On a parasite found in persons suffering from enlargement of the spleen in India, second report - Number 11
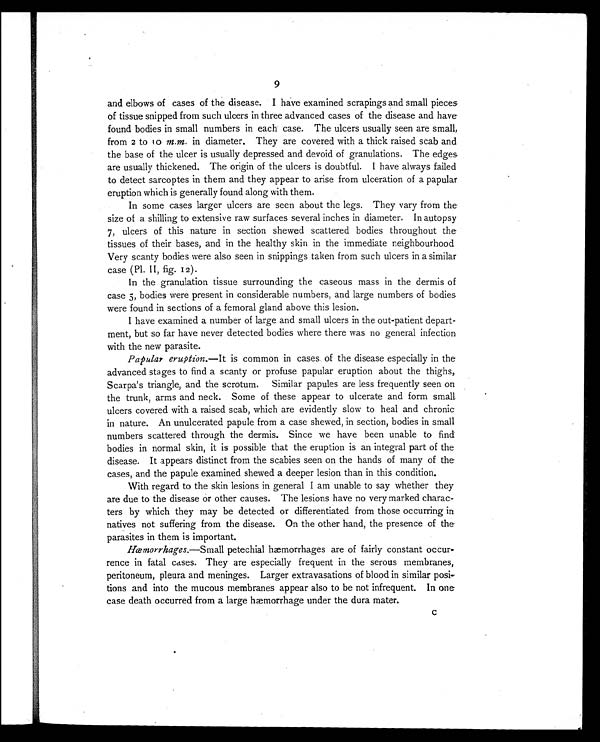
9
and elbows of cases of the disease. I have examined scrapings and small pieces
of tissue snipped from such ulcers in three advanced cases of the disease and have
found bodies in small numbers in each case. The ulcers usually seen are small,
from 2 to 10 m.m. in diameter. They are covered with a thick raised scab and
the base of the ulcer is usually depressed and devoid of granulations. The edges
are usually thickened. The origin of the ulcers is doubtful. I have always failed
to detect sarcoptes in them and they appear to arise from ulceration of a papular
eruption which is generally found along with them.
In some cases larger ulcers are seen about the legs. They vary from the
size of a shilling to extensive raw surfaces several inches in diameter. In autopsy
7, ulcers of this nature in section shewed scattered bodies throughout the
tissues of their bases, and in the healthy skin in the immediate neighbourhood
Very scanty bodies were also seen in snippings taken from such ulcers in a similar
case (Pl. II, fig. 12).
In the granulation tissue surrounding the caseous mass in the dermis of
case 5, bodies were present in considerable numbers, and large numbers of bodies
were found in sections of a femoral gland above this lesion.
I have examined a number of large and small ulcers in the out-patient depart-
ment, but so far have never detected bodies where there was no general infection
with the new parasite.
Papular eruption.—It is common in cases of the disease especially in the
advanced stages to find a scanty or profuse papular eruption about the thighs,
Scarpa's triangle, and the scrotum. Similar papules are less frequently seen on
the trunk, arms and neck. Some of these appear to ulcerate and form small
ulcers covered with a raised scab, which are evidently slow to heal and chronic
in nature. An unulcerated papule from a case shewed, in section, bodies in small
numbers scattered through the dermis. Since we have been unable to find
bodies in normal skin, it is possible that the eruption is an integral part of the
disease. It appears distinct from the scabies seen on the hands of many of the
cases, and the papule examined shewed a deeper lesion than in this condition.
With regard to the skin lesions in general I am unable to say whether they
are due to the disease or other causes. The lesions have no very marked charac-
ters by which they may be detected or differentiated from those occurring in
natives not suffering from the disease. On the other hand, the presence of the
parasites in them is important.
Hæmorrhages.—Small petechial hæmorrhages are of fairly constant occur-
rence in fatal cases. They are especially frequent in the serous membranes,
peritoneum, pleura and meninges. Larger extravasations of blood in similar posi
-tions and into the mucous membranes appear also to be not infrequent. In one
case death occurred from a large hæmorrhage under the dura mater.
C